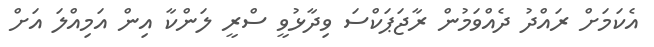
އެކަމަށް ރައްދު ދެއްވަމުން ރާޖަޕަކްސަ ވިދާޅުވީ ސްރީ ލަންކާ އިން އަމިއްލަ އަށް